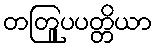
တတြူပပတ္တိယာ